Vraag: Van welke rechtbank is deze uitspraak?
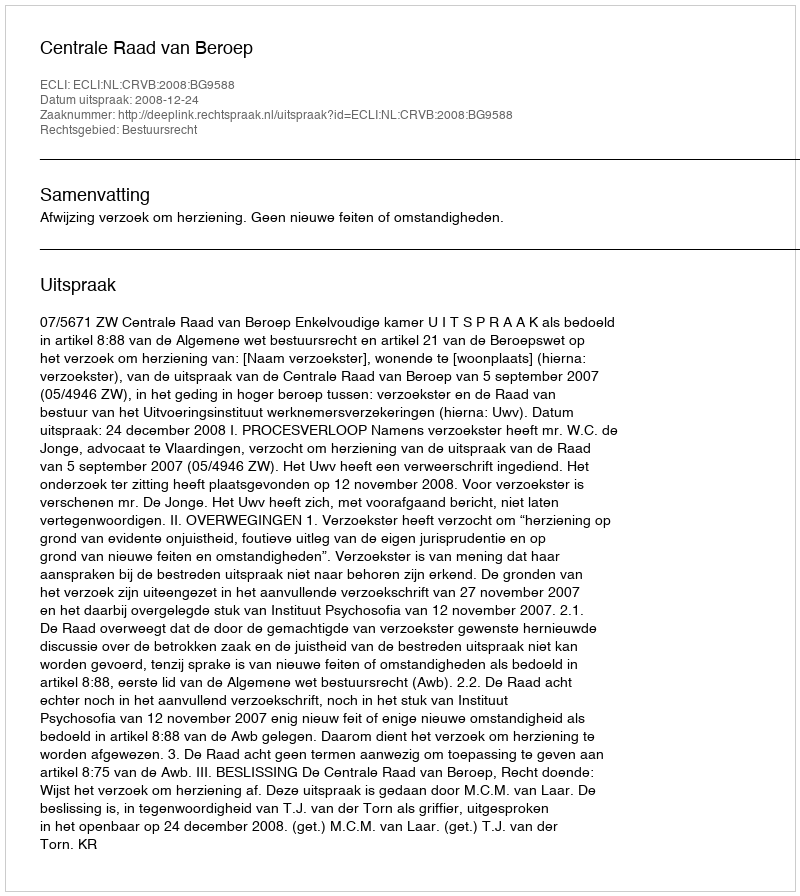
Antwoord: Centrale Raad van Beroep